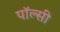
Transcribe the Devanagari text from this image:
पॉल्सी